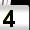
Digit: 4